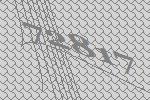
72817